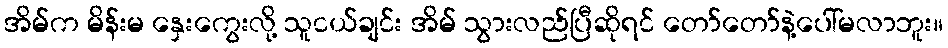
အိမ်က မိန်းမ နှေးကွေးလို့ သူငယ်ချင်း အိမ် သွားလည်ပြီဆိုရင် တော်တော်နဲ့ပေါ်မလာဘူး။